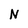
Character: N